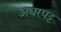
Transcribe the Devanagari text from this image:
अधरपट्ट